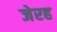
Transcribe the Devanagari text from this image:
जेरह